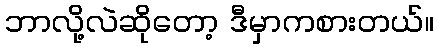
ဘာလို့လဲဆိုတော့ ဒီမှာကစားတယ်။